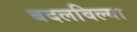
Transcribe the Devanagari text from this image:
बदलविल्या